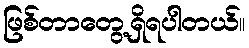
ဖြစ်တာတွေ့ရှိရပါတယ်။